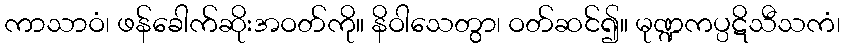
ကာသာဝံ၊ ဖန်ခေါက်ဆိုးအဝတ်ကို။ နိဝါသေတွာ၊ ဝတ်ဆင်၍။ မုဏ္ဍကပ္ပဋိသီသကံ၊